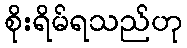
စိုးရိမ်ရသည်ဟု